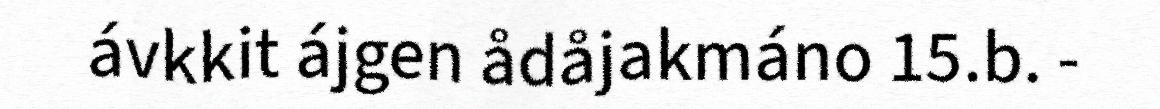
ávkkit ájgen ådåjakmáno 15.b. -